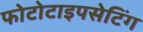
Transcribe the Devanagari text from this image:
फोटोटाइपसेटिंग